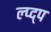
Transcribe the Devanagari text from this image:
ल्प्द्प